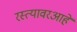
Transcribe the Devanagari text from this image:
रस्त्यावरआहे